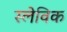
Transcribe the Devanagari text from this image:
स्लेविक